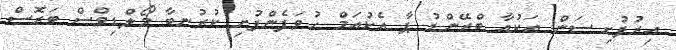
އިރުފުށި ސަން އަކުއާ ބްރޭންޑު ޕާ އެކުއަމް ހުވަފެންފުށި ކުރުނބާ މޯލްޑިވްސް ބަރޮސް